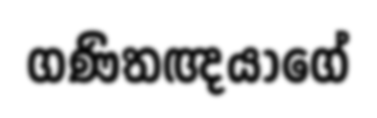
ගණිතඥයාගේ